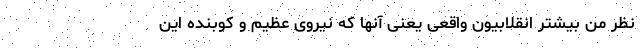
نظر من بیشتر انقلابیون واقعی یعنی آنها که نیروی عظیم و کوبنده این